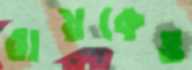
রায়কেও